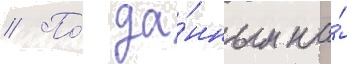
// По́ да́нным на́